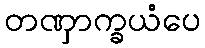
တဏှာက္ခယံပေ